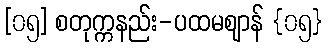
[၀၅] စတုက္ကနည်း-ပထမဈာန် {၀၅}